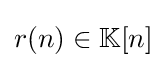
{\textstyle r(n)\in \mathbb {K} [n]}